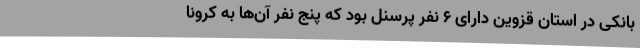
بانکی در استان قزوین دارای 6 نفر پرسنل بود که پنج نفر آن‌ها به کرونا